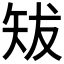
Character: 𥎱